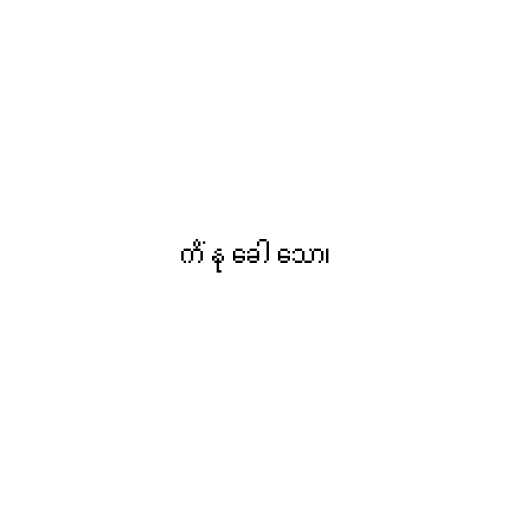
ကိံ နု ခေါ သော၊